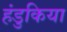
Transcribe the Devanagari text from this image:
हंडुकिया